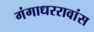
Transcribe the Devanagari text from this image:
गंगाधररावांस